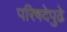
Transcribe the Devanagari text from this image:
परिषदेपुढे